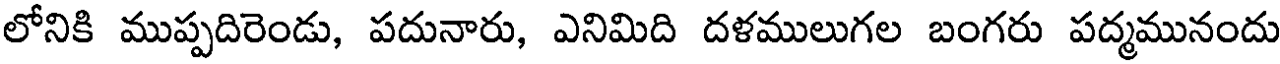
లోనికి ముప్పదిరెండు, పదునారు, ఎనిమిది దళములుగల బంగరు పద్మమునందు